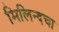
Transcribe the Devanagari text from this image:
मिलिन्दचा